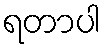
ရတာပါ